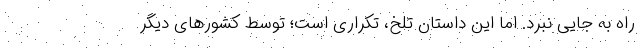
راه به جایی نبرد. اما این داستانِ تلخ، تکراری است؛ توسط کشورهای دیگر